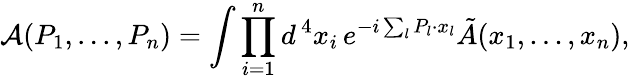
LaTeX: {\cal A}(P_{1},...,P_{n})=\int\prod_{i=1}^{n}d^{\, 4}x_{i}\, e^{-i\sum_{l}P_{l}\cdot x_{l}}\tilde{A}(x_{1},...,x_{n}),